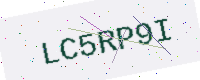
Text: LC5RP9I